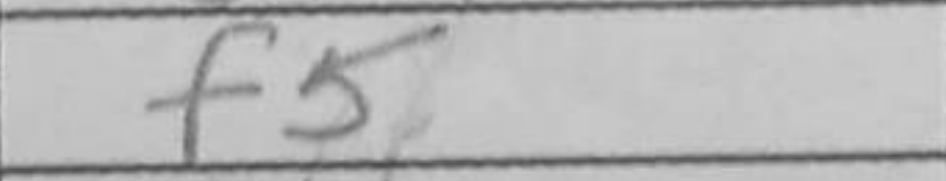
Transcription: f5